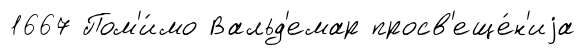
1667 Пом'и́мо Вальд'емар просв'еще́н'иjа